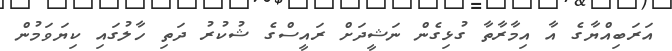
އަރަބިއްޔާގެ އާ އިމާރާތާ ގުޅިގެން ނަޝީދަށް ރައީސްގެ ޝުކުރު ދަތި ހާލުގައި ކިޔަވަމުން